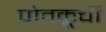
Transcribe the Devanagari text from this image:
पोतकूर्ची